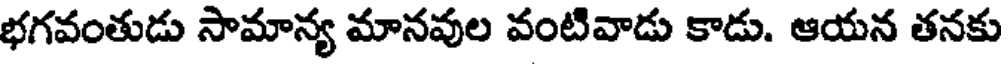
భగవంతుడు సామాన్య మానవుల వంటివాడు కాడు. ఆయన తనకు